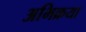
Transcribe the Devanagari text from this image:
अभिक्रया